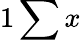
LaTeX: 1\sum x